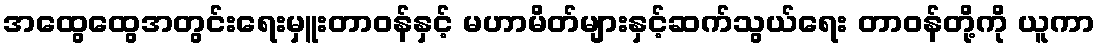
အထွေထွေအတွင်းရေးမှူးတာဝန်နှင့် မဟာမိတ်များနှင့်ဆက်သွယ်ရေး တာဝန်တို့ကို ယူကာ